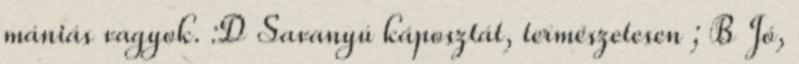
mániás vagyok. :D Savanyú káposztát, természetesen ; B Jó,